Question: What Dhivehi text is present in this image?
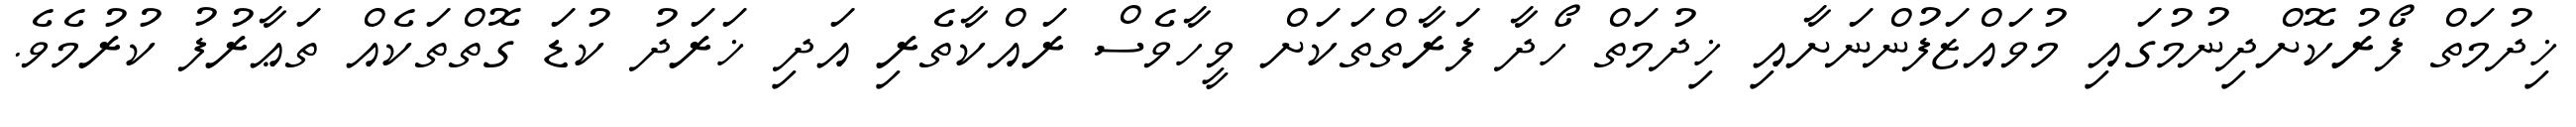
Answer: ޚިދުމަތް ފޯރުކޮށްދިނުމުގައި މުވައްޒަފުންނަށާއި ޚިދުމަތް ހޯދާ ފަރާތްތަކަށް ވީހާވެސް ރައްކާތެރި އަދި ޚަރަދު ކުޑަ ގޮތްތަކެއް ތަޢާރުފު ކުރުމެވެ.